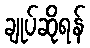
ချုပ်ဆိုရန်